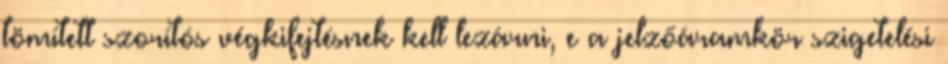
tömített szorítós végkifejtésnek kell lezárni, e a jelzőáramkör szigetelési